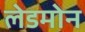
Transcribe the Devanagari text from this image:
लेडमोन